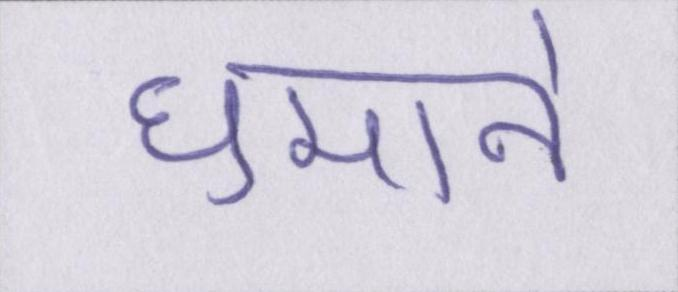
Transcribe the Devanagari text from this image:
घुमाने